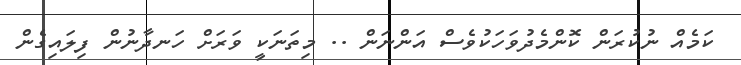
ކަމެއް ނުކުރަން ކޮންމެދުވަހަކުވެސް އަންނަން .. މިތަނަކީ ވަރަށް ހަނދާނުން ފިލައިގެން